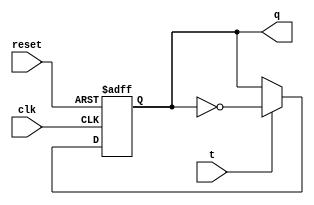
module tff(
	input clk,
	input reset,
	input t,
	output reg q
	);

//changing negedge clk to posedge clk will give down counter
// reset is asynchronous. (independent of clk)

always @ (negedge clk or posedge reset)
if(reset)
	q<= 1'b0;
else begin
	q <= t ? ~q : q;
end

endmodule